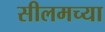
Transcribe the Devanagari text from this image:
सीलमच्या